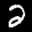
Label: 2